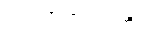
ပညတ်တရားကို